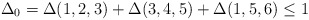
\begin{align*}\Delta_0=\Delta(1,2,3)+ \Delta(3,4,5)+ \Delta(1,5,6)\le 1\end{align*}